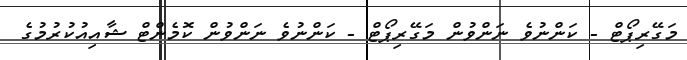
މަގޭރިޕޯޓް - ކަންނުވެ ނަންވުން މަގޭރިޕޯޓް - ކަންނުވެ ނަންވުން ކޮމެންޓް ޝާއިއުކުރުމުގެ